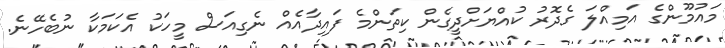
މައުމޫންގެ އަމިއްލަ ގެދޮރު ކުއްޔަށްދީގެން ކިތަންމެ ފައިދާއެއް ނެގިއަސް މީހަކު އެކަމަކާ ނުބެހޭނެ.